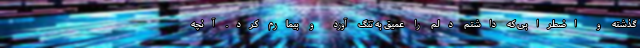
گذشته و اضطرابی که داشتم دلم را عمیق به تنگ آورد و بیمارم کرد. آنچه